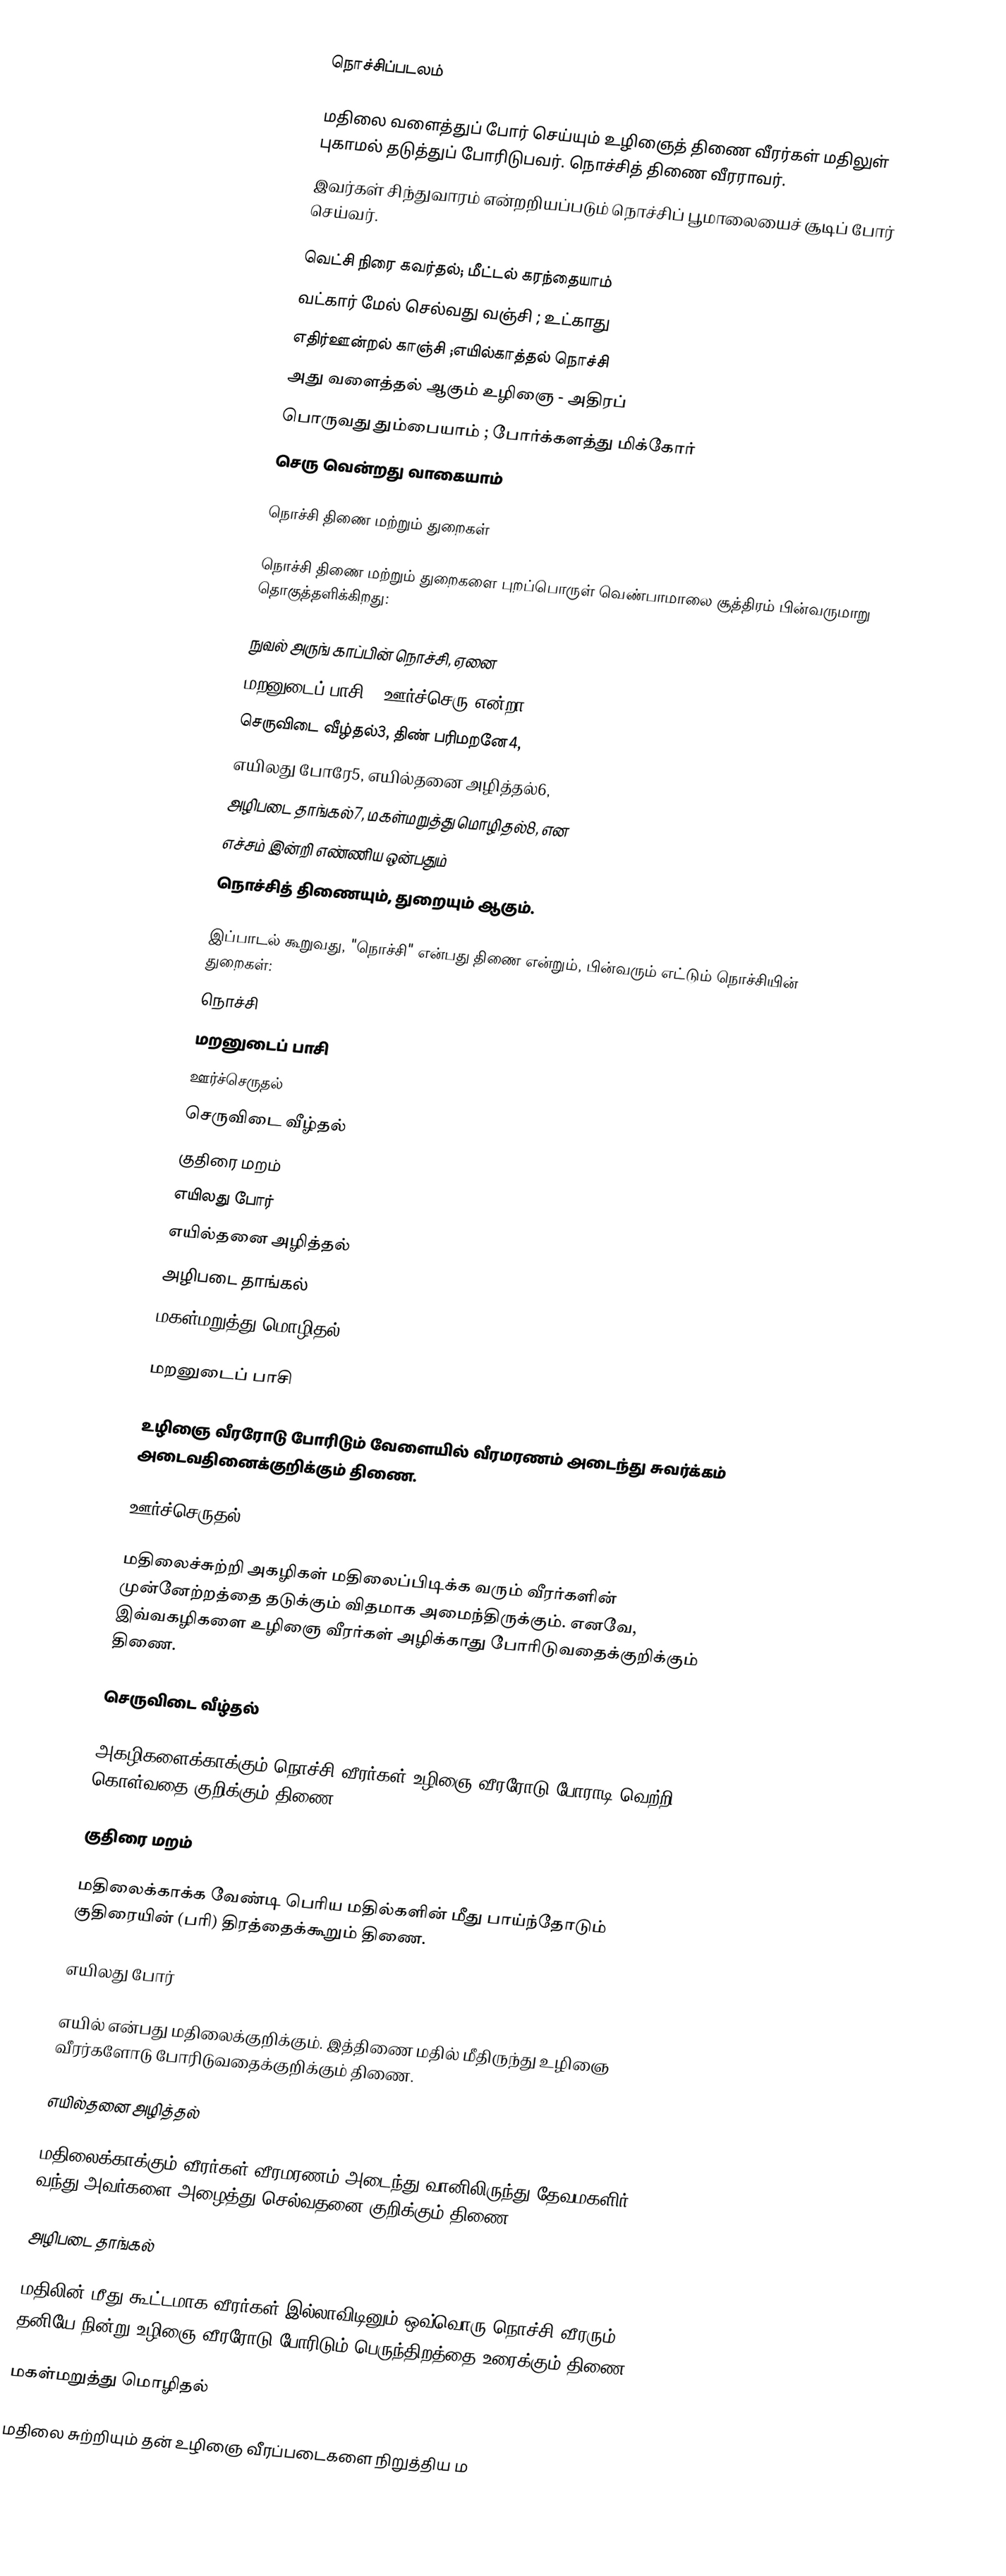

நொச்சிப்படலம்

மதிலை வளைத்துப் போர் செய்யும் உழிஞைத் திணை வீரர்கள் மதிலுள் புகாமல் தடுத்துப் போரிடுபவர். நொச்சித் திணை வீரராவர்.
இவர்கள் சிந்துவாரம் என்றறியப்படும் நொச்சிப் பூமாலையைச் சூடிப் போர் செய்வர்.

வெட்சி நிரை கவர்தல்; மீட்டல் கரந்தையாம்
வட்கார் மேல் செல்வது வஞ்சி ; உட்காது
எதிர்ஊன்றல் காஞ்சி ;எயில்காத்தல் நொச்சி
அது வளைத்தல் ஆகும் உழிஞை - அதிரப்
பொருவது தும்பையாம் ; போர்க்களத்து மிக்கோர்
செரு வென்றது வாகையாம்

நொச்சி திணை மற்றும் துறைகள்

நொச்சி திணை மற்றும் துறைகளை புறப்பொருள் வெண்பாமாலை சூத்திரம் பின்வருமாறு தொகுத்தளிக்கிறது:

நுவல் அருங் காப்பின் நொச்சி, ஏனை
மறனுடைப் பாசி1, ஊர்ச்செரு என்றா2,
செருவிடை வீழ்தல்3, திண் பரிமறனே4,
எயிலது போரே5, எயில்தனை அழித்தல்6,
அழிபடை தாங்கல்7, மகள்மறுத்து மொழிதல்8, என
எச்சம் இன்றி எண்ணிய ஒன்பதும்
நொச்சித் திணையும், துறையும் ஆகும்.

இப்பாடல் கூறுவது, "நொச்சி" என்பது திணை என்றும், பின்வரும் எட்டும் நொச்சியின் துறைகள்:
 நொச்சி
 மறனுடைப் பாசி
 ஊர்ச்செருதல்
 செருவிடை வீழ்தல்
 குதிரை மறம்
 எயிலது போர்
 எயில்தனை அழித்தல்
 அழிபடை தாங்கல்
 மகள்மறுத்து மொழிதல்

மறனுடைப் பாசி

உழிஞை வீரரோடு போரிடும் வேளையில் வீரமரணம் அடைந்து சுவர்க்கம் அடைவதினைக்குறிக்கும் திணை.

ஊர்ச்செருதல்

மதிலைச்சுற்றி அகழிகள் மதிலைப்பிடிக்க வரும் வீரர்களின் முன்னேற்றத்தை தடுக்கும் விதமாக அமைந்திருக்கும். எனவே, இவ்வகழிகளை உழிஞை வீரர்கள் அழிக்காது போரிடுவதைக்குறிக்கும் திணை.

செருவிடை வீழ்தல்

அகழிகளைக்காக்கும் நொச்சி வீரர்கள் உழிஞை வீரரோடு போராடி வெற்றி கொள்வதை குறிக்கும் திணை.

குதிரை மறம்

மதிலைக்காக்க வேண்டி பெரிய மதில்களின் மீது பாய்ந்தோடும் குதிரையின் (பரி) திரத்தைக்கூறும் திணை.

எயிலது போர்

எயில் என்பது மதிலைக்குறிக்கும். இத்திணை மதில் மீதிருந்து உழிஞை வீரர்களோடு போரிடுவதைக்குறிக்கும் திணை.

எயில்தனை அழித்தல்

மதிலைக்காக்கும் வீரர்கள் வீரமரணம் அடைந்து வானிலிருந்து தேவமகளிர் வந்து அவர்களை அழைத்து செல்வதனை குறிக்கும் திணை.

அழிபடை தாங்கல்

மதிலின் மீது கூட்டமாக வீரர்கள் இல்லாவிடினும் ஒவ்வொரு நொச்சி வீரரும் தனியே நின்று உழிஞை வீரரோடு போரிடும் பெருந்திறத்தை உரைக்கும் திணை.

மகள்மறுத்து மொழிதல்

மதிலை சுற்றியும் தன் உழிஞை வீரப்படைகளை நிறுத்திய ம